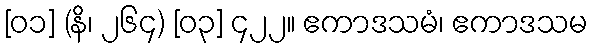
[၀၁] (နိ၊ ၂၆၄) [၀၃] ၄၂၂။ ဧကာဒသမံ၊ ဧကာဒသမ